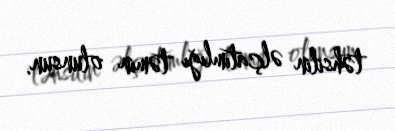
təhsilin əlçatımlığı təmin olunsun.